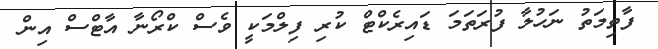
ފާތިމަތު ނަހުލާ ފުރަތަމަ ޑައިރެކްޓް ކުރި ފިލްމަކީ ވެސް ކްރޯނާ އާޓްސް އިން